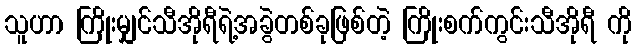
သူဟာ ကြိုးမျှင်သီအိုရီရဲ့အခွဲတစ်ခုဖြစ်တဲ့ ကြိုးစက်ကွင်းသီအိုရီ ကို